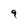
Character: 9